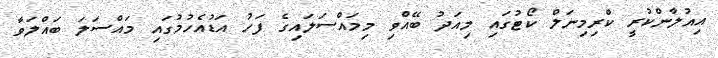
އިއުލާންކުރީ ކްރިމިނަލް ކޯޓުގައި މިއަދު ބޭއްވި މިމައްސަލައިގެ ފަހު އަޑުއެހުމުގައި މައްސަލަ ބައްލަވާ